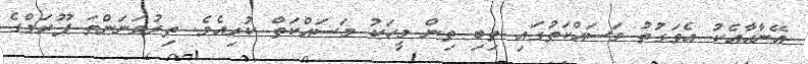
އޭނާއާއެކު އެވަގުތު މަސައްކަތުގައި ތިބި ތިން މީހަކު މަސައްކަތް ކުރިއެވެ. ތިރުވަނަންތަ ޕޫރަމްގެ